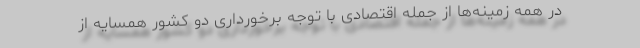
در همه زمینه‌ها از جمله اقتصادی با توجه برخورداری دو کشور همسایه از